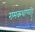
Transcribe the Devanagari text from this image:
रामकथाप्पाट्टु